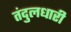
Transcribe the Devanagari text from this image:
तंदुलधारी